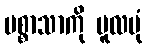
ပစ္စာသာကို မူလပုံ